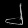
Digit: ၂